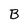
Character: B